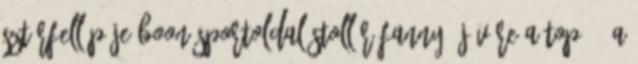
sztárfellépője boon-sportoldal Stollár Fanny: jövőre a top 50 a